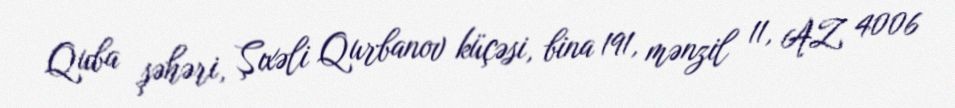
Quba şəhəri, Şıxəli Qurbanov küçəsi, bina 191, mənzil 11, AZ 4006